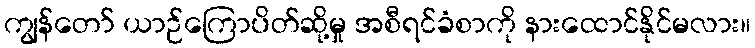
ကျွန်တော် ယာဉ်ကြောပိတ်ဆို့မှု အစီရင်ခံစာကို နားထောင်နိုင်မလား။